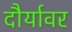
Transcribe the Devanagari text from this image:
दौर्यावर